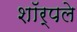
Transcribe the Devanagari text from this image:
शॉर्पले